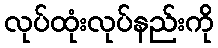
လုပ်ထုံးလုပ်နည်းကို